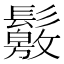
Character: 𩯛